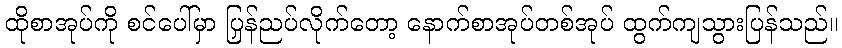
ထိုစာအုပ်ကို စင်ပေါ်မှာ ပြန်ညှပ်လိုက်တော့ နောက်စာအုပ်တစ်အုပ် ထွက်ကျသွားပြန်သည်။